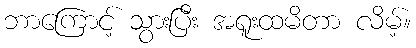
ဘာကြောင့် သွားပြီး အရူးထမိတာ လိမ့်။